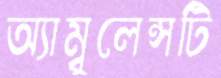
অ্যাম্বুলেন্সটি